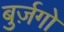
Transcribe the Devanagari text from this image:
बुर्ज़गो